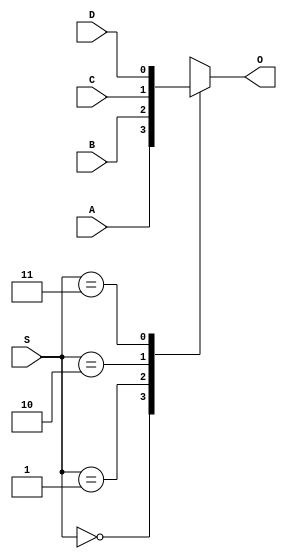
module MUX_Case(
    input [1:0] S,
    input A,
    input B,
    input C,
    input D,
    output O
    );
	 
	 reg O;
	 
	 always @ (S or A or B or C or D) begin
		case(S)
			2'b00: O = A;
			2'b01: O = B;
			2'b10: O = C;
			2'b11: O = D;
		endcase
	 end

endmodule